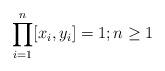
LaTeX: \begin{align*}\prod_{i=1}^n[x_i,y_i]=1; n\geq 1\end{align*}